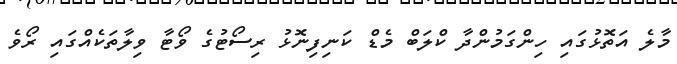
މާލެ އަތޮޅުގައި ހިންގަމުންދާ ކްލަބް މެޑް ކަނިފިނޮޅު ރިސޯޓުގެ ވޯޓާ ވިލާތަކެއްގައި ރޯވެ